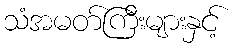
သံအမတ်ကြီးများနှင့်